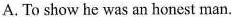
A. To show he was an honest man.